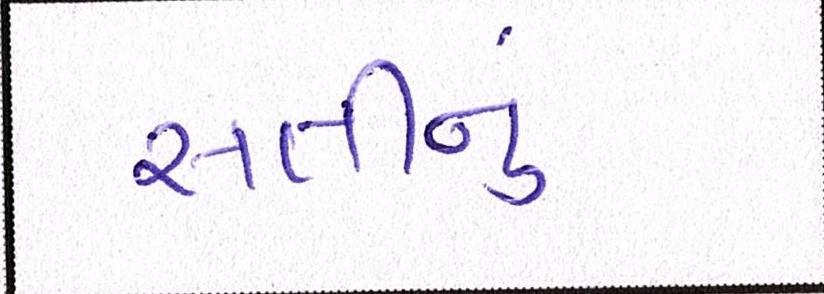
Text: સતીનું